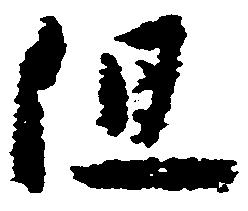
但